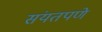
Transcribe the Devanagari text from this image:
संयतपणे